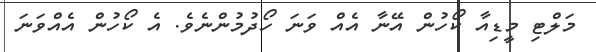
މަލްޓި މީޑިއާ ކޯހުން އޭނާ އެއް ވަނަ ހޯދުމުންނެވެ. އެ ކޯހުން އެއްވަނަ